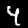
Digit: 4